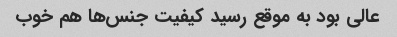
عالی بود به موقع رسید کیفیت جنس‌ها هم خوب